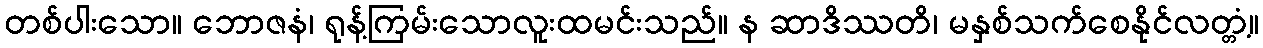
တစ်ပါးသော။ ဘောဇနံ၊ ရုန့်ကြမ်းသောလူးထမင်းသည်။ န ဆာဒိဿတိ၊ မနှစ်သက်စေနိုင်လတ္တံ့။